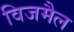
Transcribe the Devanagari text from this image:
विजमैल